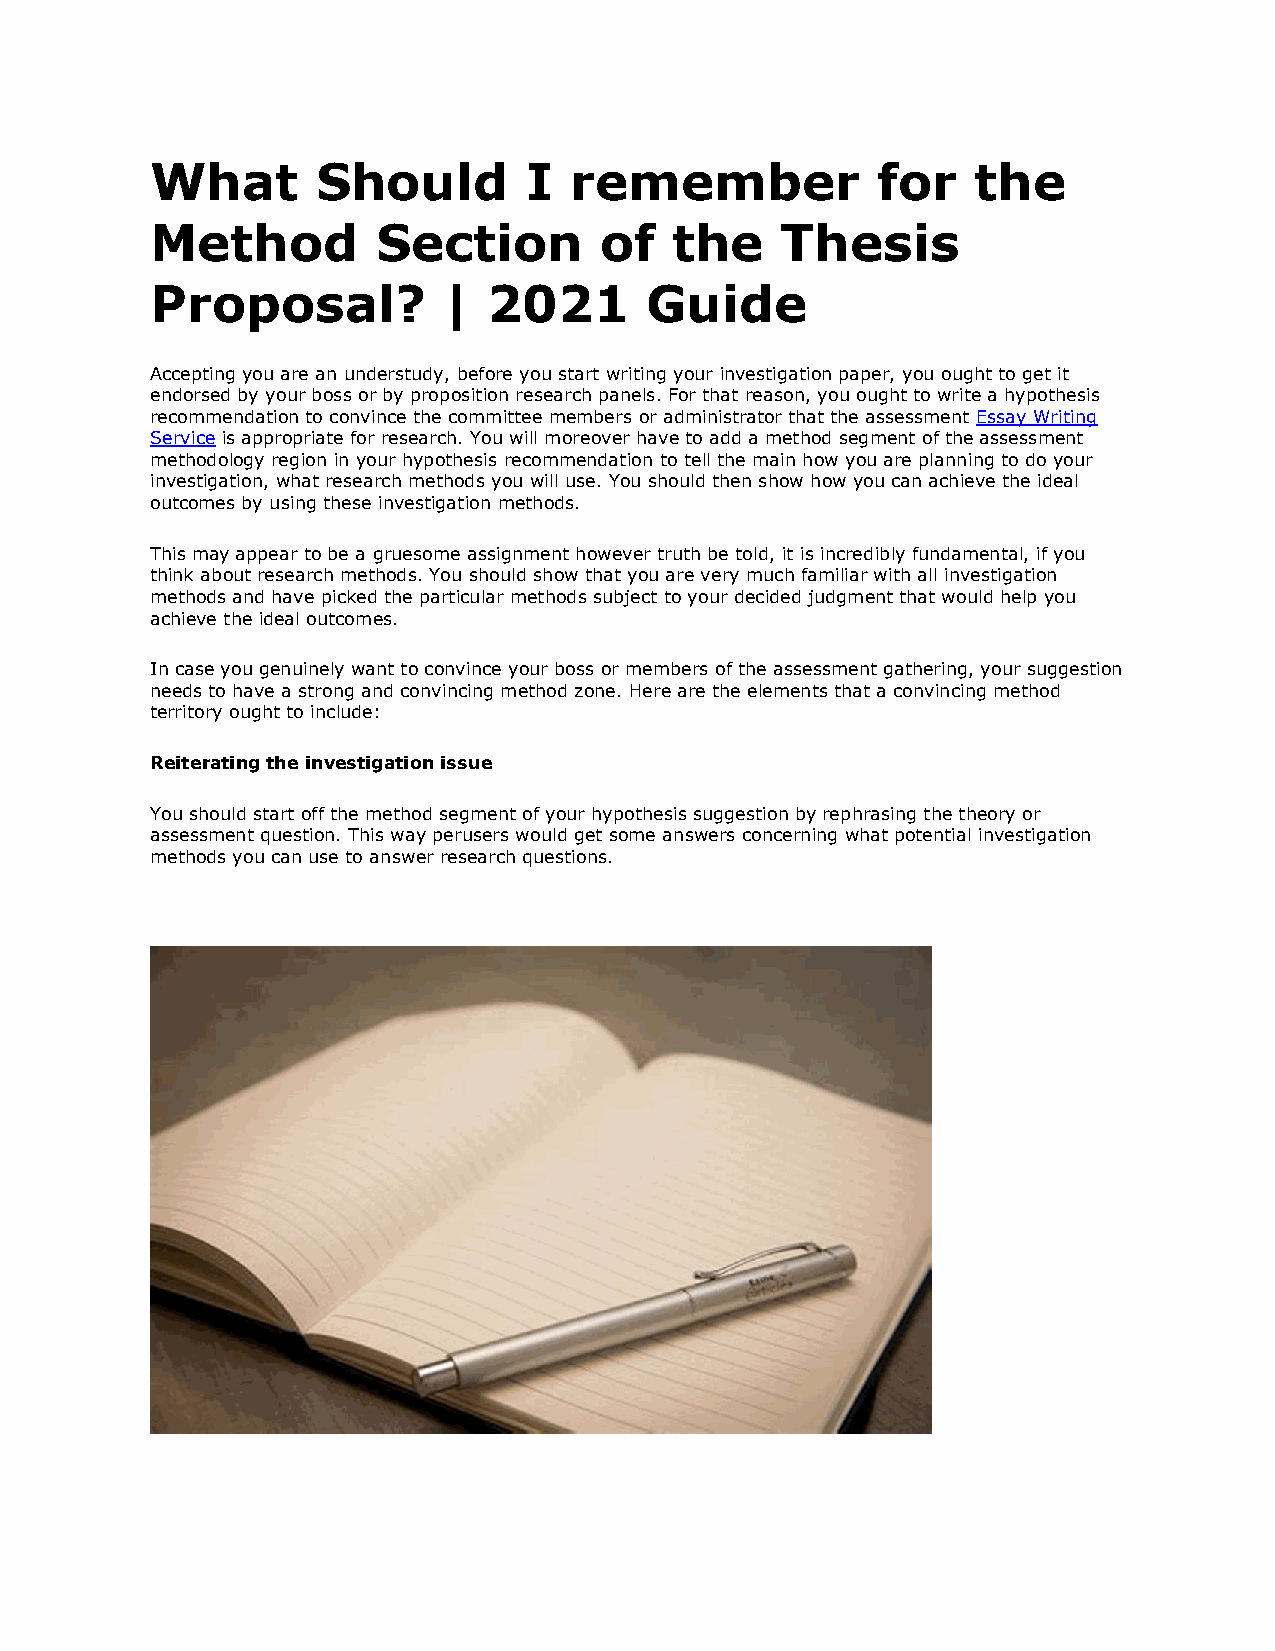
What       Should        I  remember            for    the
 Method         Section        of   the    Thesis
 Proposal?          |  2021       Guide
 Accepting you are an understudy, before you start writing your investigation paper, you ought to get it
 endorsed by your boss or by proposition research panels. For that reason, you ought to write a hypothesis
 recommendation to convince the committee members or administrator that the assessment Essay Writing
 Service is appropriate for research. You will moreover have to add a method segment of the assessment
 methodology region in your hypothesis recommendation to tell the main how you are planning to do your
 investigation, what research methods you will use. You should then show how you can achieve the ideal
 outcomes by using these investigation methods.
 This may appear to be a gruesome assignment however truth be told, it is incredibly fundamental, if you
 think about research methods. You should show that you are very much familiar with all investigation
 methods and have picked the particular methods subject to your decided judgment that would help you
 achieve the ideal outcomes.
 In case you genuinely want to convince your boss or members of the assessment gathering, your suggestion
 needs to have a strong and convincing method zone. Here are the elements that a convincing method
 territory ought to include:
 Reiterating the investigation issue
 You should start off the method segment of your hypothesis suggestion by rephrasing the theory or
 assessment question. This way perusers would get some answers concerning what potential investigation
 methods you can use to answer research questions.